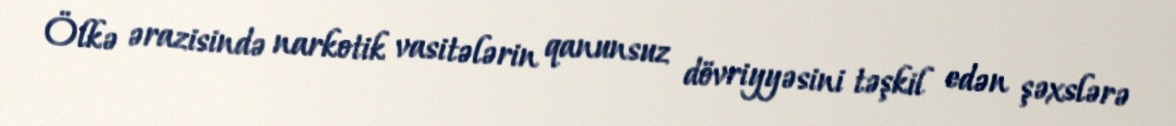
Ölkə ərazisində narkotik vasitələrin qanunsuz dövriyyəsini təşkil edən şəxslərə